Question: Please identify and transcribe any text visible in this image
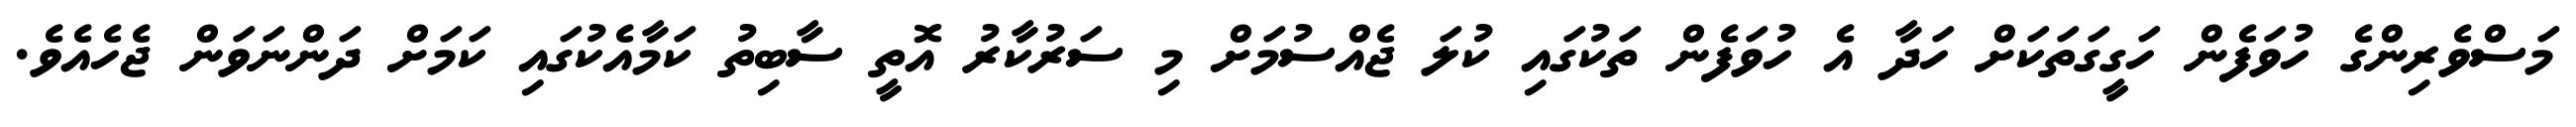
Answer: މަސްވެރިންގެ ހުވަފެން ހަގީގަތަކަށް ހަދާ އެ ހުވަފެން ތަކުގައި ކުލަ ޖެއްސުމަށް މި ސަރުކާރު އޮތީ ސާބިތު ކަމާއެކުގައި ކަމަށް ދަންނަވަން ޖެހެއެވެ.